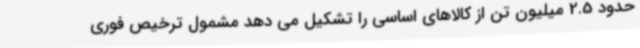
حدود 2.5 میلیون تن از کالاهای اساسی را تشکیل می دهد مشمول ترخیص فوری